Civil Veterinary Dept. North-West Frontier Province 1901-22 - 1901-1922
Year: 1901
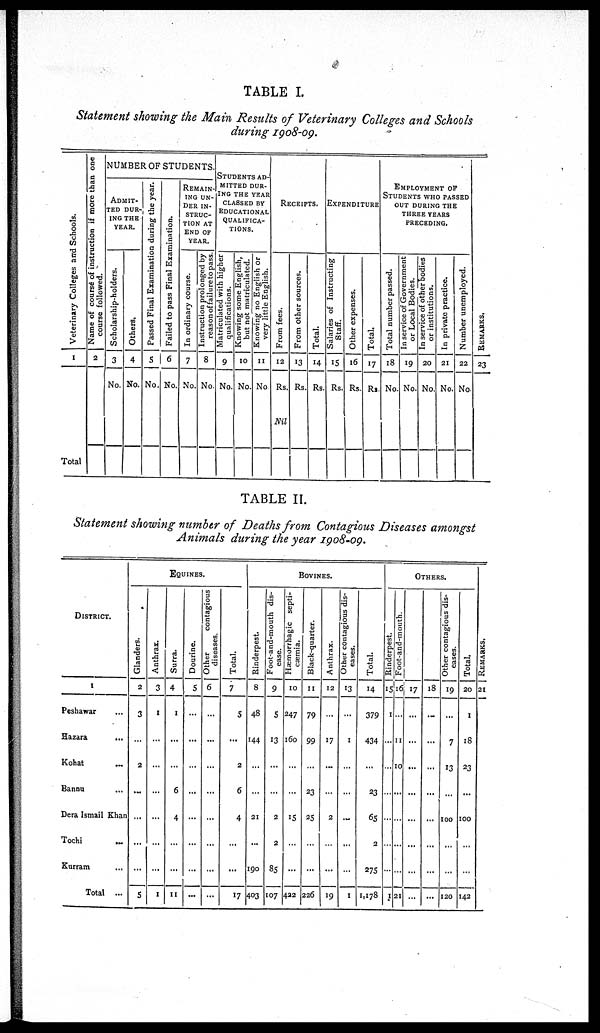
TABLE I.
Statement showing the Main Results of Veterinary Colleges and Schools
during 1908-09.
Veterinary Colleges and Schools.
1
Total
Name of course of instruction if more than one
course followed.
2
NUMBER OF STUDENTS.
ADMIT-
---
DUR-
ING THE
YEAR.
Scholarship-holders.
3
No.
Others.
4
No.
Passed Final Examination during the year.
5
No.
Failed to pass Final Examination.
6
No.
REMAIN-
---
UN-
DER IN-
STRUC-
TION AT
END OF
YEAR.
In ordinary course.
7
No.
Instruction prolonged by
reason of failure to pass.
8
No.
STUDENTS
AD-
------
DUR-
ING THE YEAR
CLASSED BY
EDUCATIONAL
QUALIFICA-
TIONS.
Matriculated with higher
qualifications.
9
No.
Knowing some English,
but not matriculated.
10
No.
Knowing no English or
very little English.
11
No
RECEIPTS.
From fees.
12
Rs.
Nil
From other sources.
13
Rs.
Total.
14
Rs.
EXPENDITURE
Salaries of Instructing
Staff.
15
Rs.
Other expenses.
16
Rs.
Total.
17
Rs.
EMPLOYMENT OF
STUDENTS WHO PASSED
OUT DURING THE
THREE YEARS
PRECEDING.
Total number passed.
18
No.
In service of Government
or Local Bodies.
19
No.
In service of other bodies
or institutions.
20
No.
In private practice.
21
No.
Number unemployed.
22
No.
REMARKS .
23
TABLE II.
Statement showing number of Deaths from Contagious Diseases amongst
Animals during the year 1908-09.
DISTRICT.
1
Peshawar ...
Hazara ...
Kohat
...
Bannu ...
Dera Ismail Khan
Tochi
...
Kurram ...
Total ...
EQUINES.
Glanders.
2
3
...
2
...
...
...
...
5
Anthrax.
3
1
...
...
...
...
...
...
1
Surra.
4
1
...
...
6
4
...
...
11
Dourine.
5
...
...
...
...
...
...
...
...
Other
contagious
diseases.
6
...
...
...
...
...
...
...
...
Total.
7
5
...
2
6
4
...
...
17
BOVINES.
Rinderpest.
8
48
144
...
...
21
...
190
403
Foot-and-mouth dis-
ease.
9
5
13
...
...
2
2
85
107
Hæmorrhagic
septi¬
cæmia.
10
247
160
...
...
15
...
...
422
Black-quarter.
11
79
99
...
23
25
...
...
226
Anthrax.
12
...
17
...
...
2
...
...
19
Other contagious dis-
eases.
13
...
1
...
...
...
...
...
1
Total.
14
379
434
...
23
65
2
275
1,178
OTHERS.
Rinderpest.
15
1
...
...
...
...
...
...
1
Foot-and-mouth.
16
...
11
10
...
...
...
...
21
17
...
...
...
...
...
...
...
...
18
...
...
...
...
...
...
...
...
Other contagious dis-
eases.
19
...
7
13
...
100
...
...
120
Total.
20
1
18
23
...
100
...
...
142
RE MARKS .
21